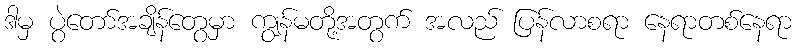
ဒါမှ ပွဲတော်အချိန်တွေမှာ ကျွန်မတို့အတွက် အလည် ပြန်လာစရာ နေရာတစ်နေရာ